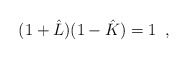
\begin{align*} (1+\hat{L}) (1- \hat{K} ) = 1 \,\,\, ,\end{align*}